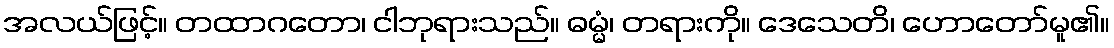
အလယ်ဖြင့်။ တထာဂတော၊ ငါဘုရားသည်။ ဓမ္မံ၊ တရားကို။ ဒေသေတိ၊ ဟောတော်မူ၏။